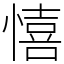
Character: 憘